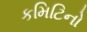
કમિટિનો